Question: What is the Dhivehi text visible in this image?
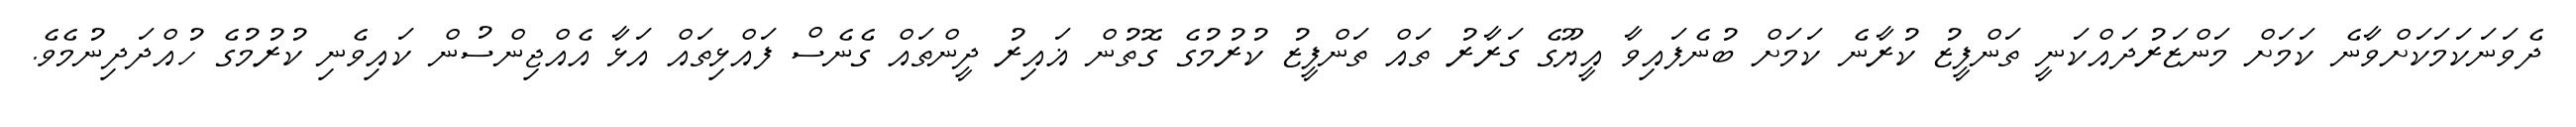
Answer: ދެވަނަކަމަކަށްވާނެ ކަމަށް މަންޒަރުދައްކަނީ ތަންފީޒު ކުރާނެ ކަމަށް ބުނެފައިވާ އީޔޫގެ ގަރާރު ތައް ތަންފީޒު ކުރުމުގެ ގޮތުން ޣައިރު ދީންތައް ގެނެސް ފައްޅިތައް އަޅާ އެއްޖިންސުން ކައިވެނި ކުރުމުގެ ހުއްދަދިނުމެވެ.